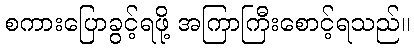
စကားပြောခွင့်ရဖို့ အကြာကြီးစောင့်ရသည်။